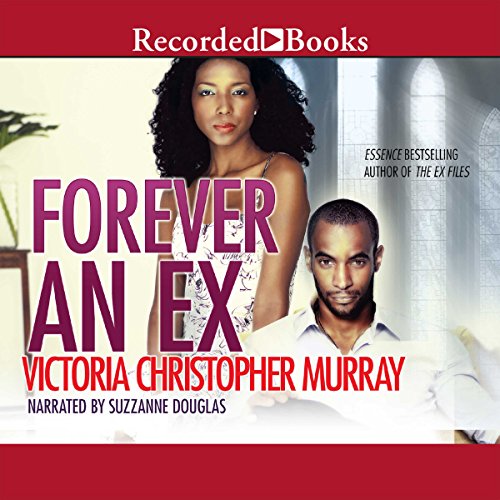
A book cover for Forever an Ex; Victoria Christopher Murray; Romance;